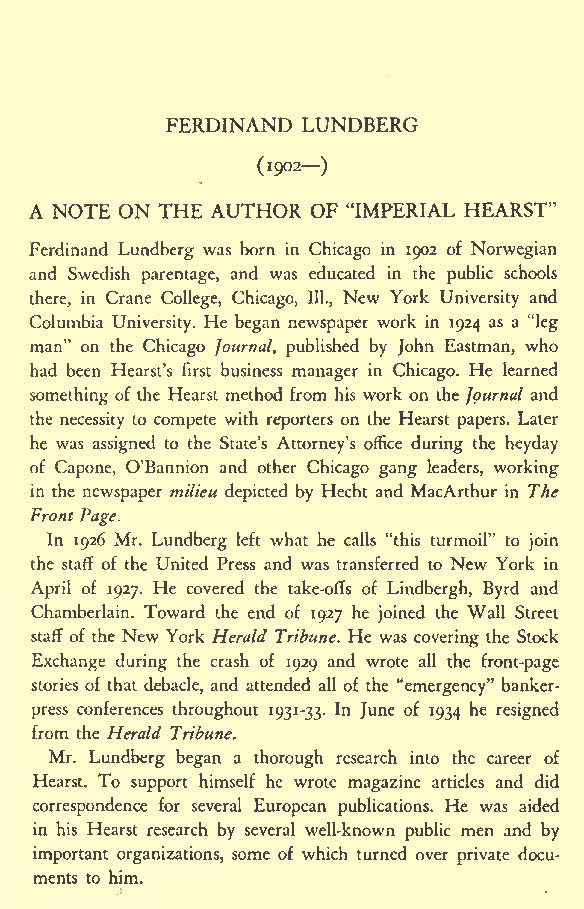
FERDINAND LUNDBERG
 (1902)
 A NOTE ON THE AUTHOR OF "IMPERIAL HEARST"
 Ferdinand Lundberg was born in Chicago in 1902 of Norwegian
 and Swedish parentage, and was educated in the public schools
 there, in Crane College, Chicago, 111., New York University and
 Columbia University. He began newspaper work in 1924 as a "leg
 man" on the Chicago Journal, published by John Eastman, who
 had been Hearst's first business manager in Chicago. He learned
 something of the Hearst method from his work on the Journal and
 the necessity to compete with reporters on the Hearst papers. Later
 he was assigned to the State's Attorney's office during the heyday
 of Capone, O'Bannion and other Chicago gang leaders, working
 in the newspaper milieu depicted by Hecht and MacArthur in The
 Front Page.
 In 1926 Mr. Lundberg left what he calls "this turmoil" to join
 the staff of the United Press and was transferred to New York in
 April of 1927. He covered the take-offs of Lindbergh, Byrd and
 Chamberlain. Toward the end of 1927 he joined the Wall Street
 staff of the New York Herald Tribune. He was covering the Stock
 Exchange during the crash of 1929 and wrote all the front-page
 stories of that debacle, and attended all of the "emergency" banker-
 press conferences throughout 1931-33. In June of 1934 he resigned
 from the Herald Tribune.
 Mr. Lundberg began a thorough research into the career of
 Hearst. To support himself he wrote magazine articles and did
 correspondence for several European publications. He was aided
 in his Hearst research by several well-known public men and by
 important organizations, some of which turned over private docu-
 ments to him.